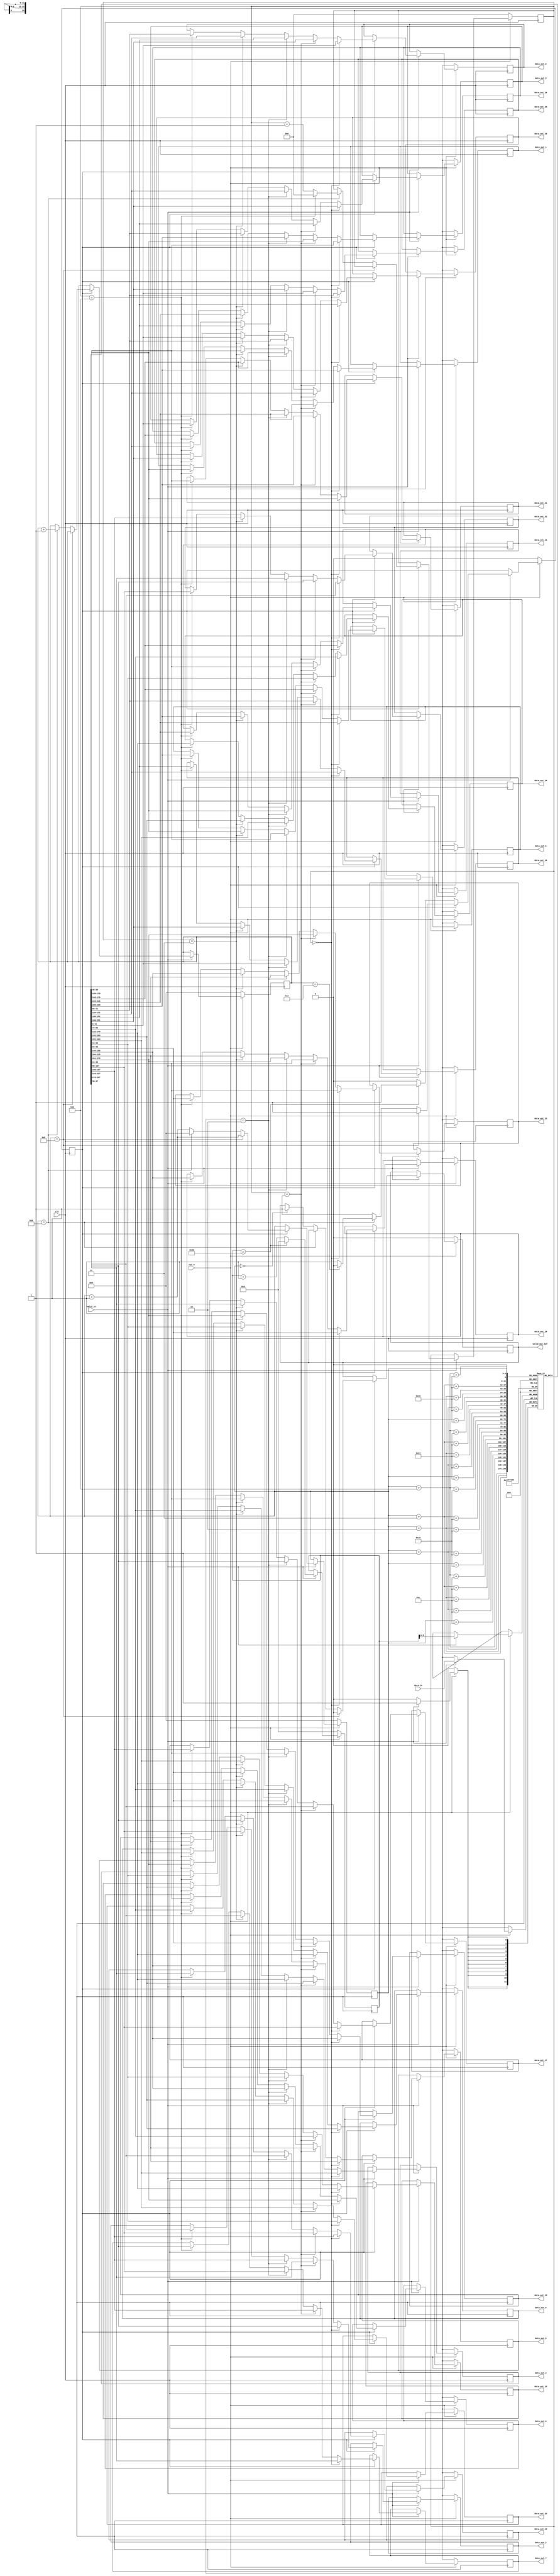


/*-------------------------------------------------------------------
 *  Module: conv2_buf
 *------------------------------------------------------------------*/
 module conv2_buf #(parameter WIDTH = 12, HEIGHT = 12, DATA_BITS = 12) (
   input clk,
   input rst_n,
   input valid_in,
   input [DATA_BITS - 1:0] data_in,
   output reg [DATA_BITS - 1:0] data_out_0, data_out_1, data_out_2, data_out_3, data_out_4,
   data_out_5, data_out_6, data_out_7, data_out_8, data_out_9,
   data_out_10, data_out_11, data_out_12, data_out_13, data_out_14,
   data_out_15, data_out_16, data_out_17, data_out_18, data_out_19,
   data_out_20, data_out_21, data_out_22, data_out_23, data_out_24,
   output reg valid_out_buf
 );

 localparam FILTER_SIZE = 5;
 
 reg [DATA_BITS - 1:0] buffer [0:WIDTH * FILTER_SIZE - 1];
 reg [DATA_BITS - 1:0] buf_idx;
 reg [4:0] w_idx, h_idx;
 reg [2:0] buf_flag;  // 0 ~ 4
 reg state;

 always @(posedge clk) begin
   if(~rst_n) begin
     buf_idx <= 0;
     w_idx <= 0;
     h_idx <= 0;
     buf_flag <= 0;
     state <= 0;
     valid_out_buf <= 0;
     data_out_0 <= 12'bx;
     data_out_1 <= 12'bx;
     data_out_2 <= 12'bx;
     data_out_3 <= 12'bx;
     data_out_4 <= 12'bx;
     data_out_5 <= 12'bx;
     data_out_6 <= 12'bx;
     data_out_7 <= 12'bx;
     data_out_8 <= 12'bx;
     data_out_9 <= 12'bx;
     data_out_10 <= 12'bx;
     data_out_11 <= 12'bx;
     data_out_12 <= 12'bx;
     data_out_13 <= 12'bx;
     data_out_14 <= 12'bx;
     data_out_15 <= 12'bx;
     data_out_16 <= 12'bx;
     data_out_17 <= 12'bx;
     data_out_18 <= 12'bx;
     data_out_19 <= 12'bx;
     data_out_20 <= 12'bx;
     data_out_21 <= 12'bx;
     data_out_22 <= 12'bx;
     data_out_23 <= 12'bx;
     data_out_24 <= 12'bx;
   end else begin
   if(valid_in) begin
     buf_idx <= buf_idx + 1'b1;
     if(buf_idx == WIDTH * FILTER_SIZE - 1) begin // buffer size = 140 = 28(w) * 5(h)
       buf_idx <= 0;
     end

     buffer[buf_idx] <= data_in;  // data input

     // Wait until first 140 input data filled in buffer
     if(!state) begin
       if(buf_idx == WIDTH * FILTER_SIZE - 1) begin
         state <= 1;
       end
     end else begin // valid state
       w_idx <= w_idx + 1'b1; // move right

      if(w_idx == WIDTH - FILTER_SIZE + 1) begin
        valid_out_buf <= 1'b0;  // unvalid area
      end else if(w_idx == WIDTH - 1) begin
        buf_flag <= buf_flag + 1;
        if(buf_flag == FILTER_SIZE - 1) begin
          buf_flag <= 0;
        end

        w_idx <= 0;

        if(h_idx == HEIGHT - FILTER_SIZE) begin // done 1 input read -> 28 * 28
          h_idx <= 0;
          state <= 0;
        end
          h_idx <= h_idx + 1;

      end else if(w_idx == 0) begin
        valid_out_buf <= 1'b1;  // start valid area
      end

      // Buffer Selection -> 5 * 5
     if(buf_flag == 3'd0) begin
       data_out_0 <= buffer[w_idx];
       data_out_1 <= buffer[w_idx + 1];
       data_out_2 <= buffer[w_idx + 2];
       data_out_3 <= buffer[w_idx + 3];
       data_out_4 <= buffer[w_idx + 4];

       data_out_5 <= buffer[w_idx + WIDTH];
       data_out_6 <= buffer[w_idx + 1 + WIDTH];
       data_out_7 <= buffer[w_idx + 2 + WIDTH];
       data_out_8 <= buffer[w_idx + 3 + WIDTH];
       data_out_9 <= buffer[w_idx + 4 + WIDTH];

       data_out_10 <= buffer[w_idx + WIDTH * 2];
       data_out_11 <= buffer[w_idx + 1 + WIDTH * 2];
       data_out_12 <= buffer[w_idx + 2 + WIDTH * 2];
       data_out_13 <= buffer[w_idx + 3 + WIDTH * 2];
       data_out_14 <= buffer[w_idx + 4 + WIDTH * 2];

       data_out_15 <= buffer[w_idx + WIDTH * 3];
       data_out_16 <= buffer[w_idx + 1 + WIDTH * 3];
       data_out_17 <= buffer[w_idx + 2 + WIDTH * 3];
       data_out_18 <= buffer[w_idx + 3 + WIDTH * 3];
       data_out_19 <= buffer[w_idx + 4 + WIDTH * 3];

       data_out_20 <= buffer[w_idx + WIDTH * 4];
       data_out_21 <= buffer[w_idx + 1 + WIDTH * 4];
       data_out_22 <= buffer[w_idx + 2 + WIDTH * 4];
       data_out_23 <= buffer[w_idx + 3 + WIDTH * 4];
       data_out_24 <= buffer[w_idx + 4 + WIDTH * 4];
     end else if(buf_flag == 3'd1) begin
       data_out_0 <= buffer[w_idx + WIDTH];
       data_out_1 <= buffer[w_idx + 1 + WIDTH];
       data_out_2 <= buffer[w_idx + 2 + WIDTH];
       data_out_3 <= buffer[w_idx + 3 + WIDTH];
       data_out_4 <= buffer[w_idx + 4 + WIDTH];

       data_out_5 <= buffer[w_idx + WIDTH * 2];
       data_out_6 <= buffer[w_idx + 1 + WIDTH * 2];
       data_out_7 <= buffer[w_idx + 2 + WIDTH * 2];
       data_out_8 <= buffer[w_idx + 3 + WIDTH * 2];
       data_out_9 <= buffer[w_idx + 4 + WIDTH * 2];

       data_out_10 <= buffer[w_idx + WIDTH * 3];
       data_out_11 <= buffer[w_idx + 1 + WIDTH * 3];
       data_out_12 <= buffer[w_idx + 2 + WIDTH * 3];
       data_out_13 <= buffer[w_idx + 3 + WIDTH * 3];
       data_out_14 <= buffer[w_idx + 4 + WIDTH * 3];

       data_out_15 <= buffer[w_idx + WIDTH * 4];
       data_out_16 <= buffer[w_idx + 1 + WIDTH * 4];
       data_out_17 <= buffer[w_idx + 2 + WIDTH * 4];
       data_out_18 <= buffer[w_idx + 3 + WIDTH * 4];
       data_out_19 <= buffer[w_idx + 4 + WIDTH * 4];

       data_out_20 <= buffer[w_idx];
       data_out_21 <= buffer[w_idx + 1];
       data_out_22 <= buffer[w_idx + 2];
       data_out_23 <= buffer[w_idx + 3];
       data_out_24 <= buffer[w_idx + 4];
     end else if(buf_flag == 3'd2) begin
       data_out_0 <= buffer[w_idx + WIDTH * 2];
       data_out_1 <= buffer[w_idx + 1 + WIDTH * 2];
       data_out_2 <= buffer[w_idx + 2 + WIDTH * 2];
       data_out_3 <= buffer[w_idx + 3 + WIDTH * 2];
       data_out_4 <= buffer[w_idx + 4 + WIDTH * 2];

       data_out_5 <= buffer[w_idx + WIDTH * 3];
       data_out_6 <= buffer[w_idx + 1 + WIDTH * 3];
       data_out_7 <= buffer[w_idx + 2 + WIDTH * 3];
       data_out_8 <= buffer[w_idx + 3 + WIDTH * 3];
       data_out_9 <= buffer[w_idx + 4 + WIDTH * 3];

       data_out_10 <= buffer[w_idx + WIDTH * 4];
       data_out_11 <= buffer[w_idx + 1 + WIDTH * 4];
       data_out_12 <= buffer[w_idx + 2 + WIDTH * 4];
       data_out_13 <= buffer[w_idx + 3 + WIDTH * 4];
       data_out_14 <= buffer[w_idx + 4 + WIDTH * 4];

       data_out_15 <= buffer[w_idx];
       data_out_16 <= buffer[w_idx + 1];
       data_out_17 <= buffer[w_idx + 2];
       data_out_18 <= buffer[w_idx + 3];
       data_out_19 <= buffer[w_idx + 4];

       data_out_20 <= buffer[w_idx + WIDTH];
       data_out_21 <= buffer[w_idx + 1 + WIDTH];
       data_out_22 <= buffer[w_idx + 2 + WIDTH];
       data_out_23 <= buffer[w_idx + 3 + WIDTH];
       data_out_24 <= buffer[w_idx + 4 + WIDTH];
     end else if(buf_flag == 3'd3) begin
       data_out_0 <= buffer[w_idx + WIDTH * 3];
       data_out_1 <= buffer[w_idx + 1 + WIDTH * 3];
       data_out_2 <= buffer[w_idx + 2 + WIDTH * 3];
       data_out_3 <= buffer[w_idx + 3 + WIDTH * 3];
       data_out_4 <= buffer[w_idx + 4 + WIDTH * 3];

       data_out_5 <= buffer[w_idx + WIDTH * 4];
       data_out_6 <= buffer[w_idx + 1 + WIDTH * 4];
       data_out_7 <= buffer[w_idx + 2 + WIDTH * 4];
       data_out_8 <= buffer[w_idx + 3 + WIDTH * 4];
       data_out_9 <= buffer[w_idx + 4 + WIDTH * 4];

       data_out_10 <= buffer[w_idx];
       data_out_11 <= buffer[w_idx + 1];
       data_out_12 <= buffer[w_idx + 2];
       data_out_13 <= buffer[w_idx + 3];
       data_out_14 <= buffer[w_idx + 4];

       data_out_15 <= buffer[w_idx + WIDTH];
       data_out_16 <= buffer[w_idx + 1 + WIDTH];
       data_out_17 <= buffer[w_idx + 2 + WIDTH];
       data_out_18 <= buffer[w_idx + 3 + WIDTH];
       data_out_19 <= buffer[w_idx + 4 + WIDTH];

       data_out_20 <= buffer[w_idx + WIDTH * 2];
       data_out_21 <= buffer[w_idx + 1 + WIDTH * 2];
       data_out_22 <= buffer[w_idx + 2 + WIDTH * 2];
       data_out_23 <= buffer[w_idx + 3 + WIDTH * 2];
       data_out_24 <= buffer[w_idx + 4 + WIDTH * 2];      
     end else if(buf_flag == 3'd4) begin
       data_out_0 <= buffer[w_idx + WIDTH * 4];
       data_out_1 <= buffer[w_idx + 1 + WIDTH * 4];
       data_out_2 <= buffer[w_idx + 2 + WIDTH * 4];
       data_out_3 <= buffer[w_idx + 3 + WIDTH * 4];
       data_out_4 <= buffer[w_idx + 4 + WIDTH * 4];

       data_out_5 <= buffer[w_idx];
       data_out_6 <= buffer[w_idx + 1];
       data_out_7 <= buffer[w_idx + 2];
       data_out_8 <= buffer[w_idx + 3];
       data_out_9 <= buffer[w_idx + 4];

       data_out_10 <= buffer[w_idx + WIDTH];
       data_out_11 <= buffer[w_idx + 1 + WIDTH];
       data_out_12 <= buffer[w_idx + 2 + WIDTH];
       data_out_13 <= buffer[w_idx + 3 + WIDTH];
       data_out_14 <= buffer[w_idx + 4 + WIDTH];

       data_out_15 <= buffer[w_idx + WIDTH * 2];
       data_out_16 <= buffer[w_idx + 1 + WIDTH * 2];
       data_out_17 <= buffer[w_idx + 2 + WIDTH * 2];
       data_out_18 <= buffer[w_idx + 3 + WIDTH * 2];
       data_out_19 <= buffer[w_idx + 4 + WIDTH * 2];

       data_out_20 <= buffer[w_idx + WIDTH * 3];
       data_out_21 <= buffer[w_idx + 1 + WIDTH * 3];
       data_out_22 <= buffer[w_idx + 2 + WIDTH * 3];
       data_out_23 <= buffer[w_idx + 3 + WIDTH * 3];
       data_out_24 <= buffer[w_idx + 4 + WIDTH * 3];   
     end
     end
   end
 end
 end
endmodule